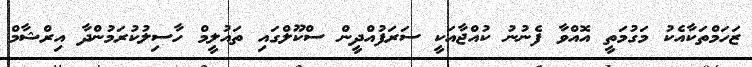
ޒަހަމްތަކާއެކު މަގުމަތީ އޮއްވާ ފެނުނު ކުއްޖާއަކީ ސަރަފުއްދީން ސްކޫލްގައި ތައުލީމް ހާސިލުކުރަމުންދާ އިރްޝާމް